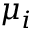
\mu _ { i }